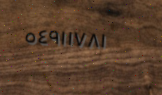
٥٤٩١١٧٨١